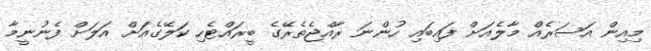
މިއިން އަސަރެއް މާލެއަށް ފައިބައި ހުންނަ ރާއްޖެތެރޭގެ ބީރައްޓެހި ކަލޭގެއަށް އަލަށް ފެނުނީމާ